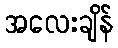
အလေးချိန်